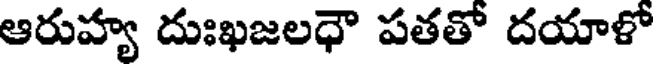
ఆరుహ్య దుఃఖజలధౌ పతతో దయాళో